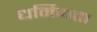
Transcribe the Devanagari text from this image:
धर्मिकता